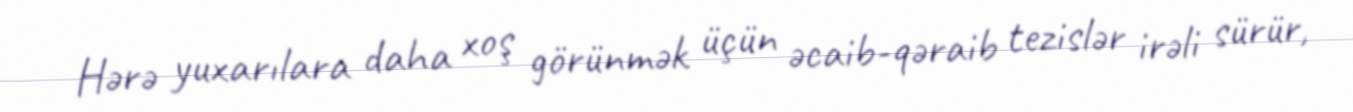
Hərə yuxarılara daha xoş görünmək üçün əcaib-qəraib tezislər irəli sürür,